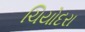
ચિયોદરા